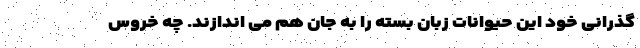
گذرانی خود این حیوانات زبان بسته را به جان هم می اندازند. چه خروس